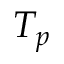
T _ { p }